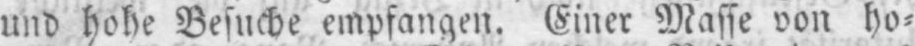
und hohe Besuche empfangen. Einer Masse von ho⸗